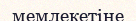
мемлекетіне